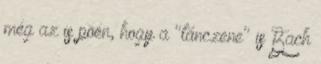
még az is poén, hogy a "tánczene" is Bach